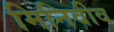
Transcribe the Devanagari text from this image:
मिनिवीव